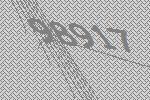
98917